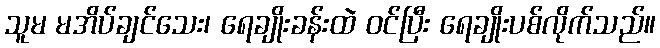
သူမ မအိပ်ချင်သေး၊ ရေချိုးခန်းထဲ ဝင်ပြီး ရေချိုးပစ်လိုက်သည်။